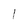
Character: l